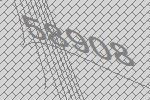
58908